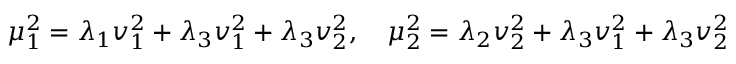
\mu _ { 1 } ^ { 2 } = \lambda _ { 1 } v _ { 1 } ^ { 2 } + \lambda _ { 3 } v _ { 1 } ^ { 2 } + \lambda _ { 3 } v _ { 2 } ^ { 2 } , \quad \mu _ { 2 } ^ { 2 } = \lambda _ { 2 } v _ { 2 } ^ { 2 } + \lambda _ { 3 } v _ { 1 } ^ { 2 } + \lambda _ { 3 } v _ { 2 } ^ { 2 }